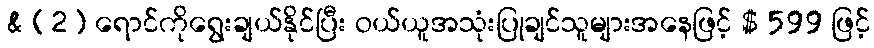
& (2) ရောင်ကိုရွေးချယ်နိုင်ပြီး ဝယ်ယူအသုံးပြုချင်သူများအနေဖြင့် $ 599 ဖြင့်